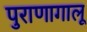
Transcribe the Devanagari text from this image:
पुराणागालू